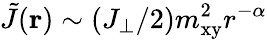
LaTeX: \tilde{J}(\mathbf{r})\sim(J_{\perp}/2)m_{\mathrm{xy}}^{2}r^{-\alpha}